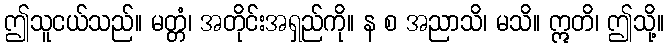
ဤသူငယ်သည်။ မတ္တံ၊ အတိုင်းအရှည်ကို။ န စ အညာသိ၊ မသိ။ ဣတိ၊ ဤသို့။